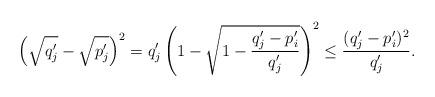
LaTeX: \begin{align*}\left( \sqrt{q'_j} - \sqrt{p'_j}\right)^2 = q'_j\left( 1 - \sqrt{1 - \frac{q'_j - p'_i}{q'_j}}\right)^2 \leq \frac{(q'_j - p'_i)^2}{q'_j}.\end{align*}